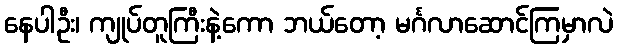
နေပါဦး၊ ကျုပ်တူကြီးနဲ့ကော ဘယ်တော့ မင်္ဂလာဆောင်ကြမှာလဲ